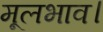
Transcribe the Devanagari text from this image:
मूलभाव।